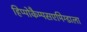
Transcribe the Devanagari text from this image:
हिप्पोकैम्पसएमिग्डाला